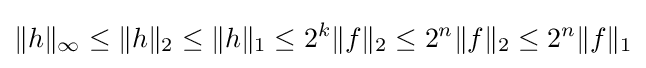
\|h\|_{\infty }\leq \|h\|_{2}\leq \|h\|_{1}\leq 2^{k}\|f\|_{2}\leq 2^{n}\|f\|_{2}\leq 2^{n}\|f\|_{1}